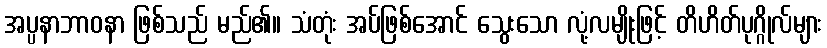
အပ္ပနာဘာဝနာ ဖြစ်သည် မည်၏။ သံတုံး အပ်ဖြစ်အောင် သွေးသော လုံ့လမျိုးဖြင့် တိဟိတ်ပုဂ္ဂိုလ်များ